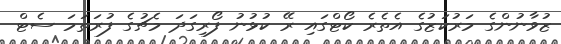
ޒުވާނުންގެ މަރުކަޒުގެ އެތެރެ ކޯޓްގައި ރޭ ކުޅުނު ފޯރިގަދަ މެޗުގެ ފުރަތަމަ ސެޓް